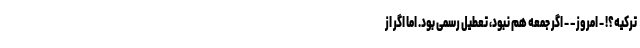
ترکیه؟! - امروز – - اگر جمعه هم نبود، تعطیل رسمی بود. اما اگر از